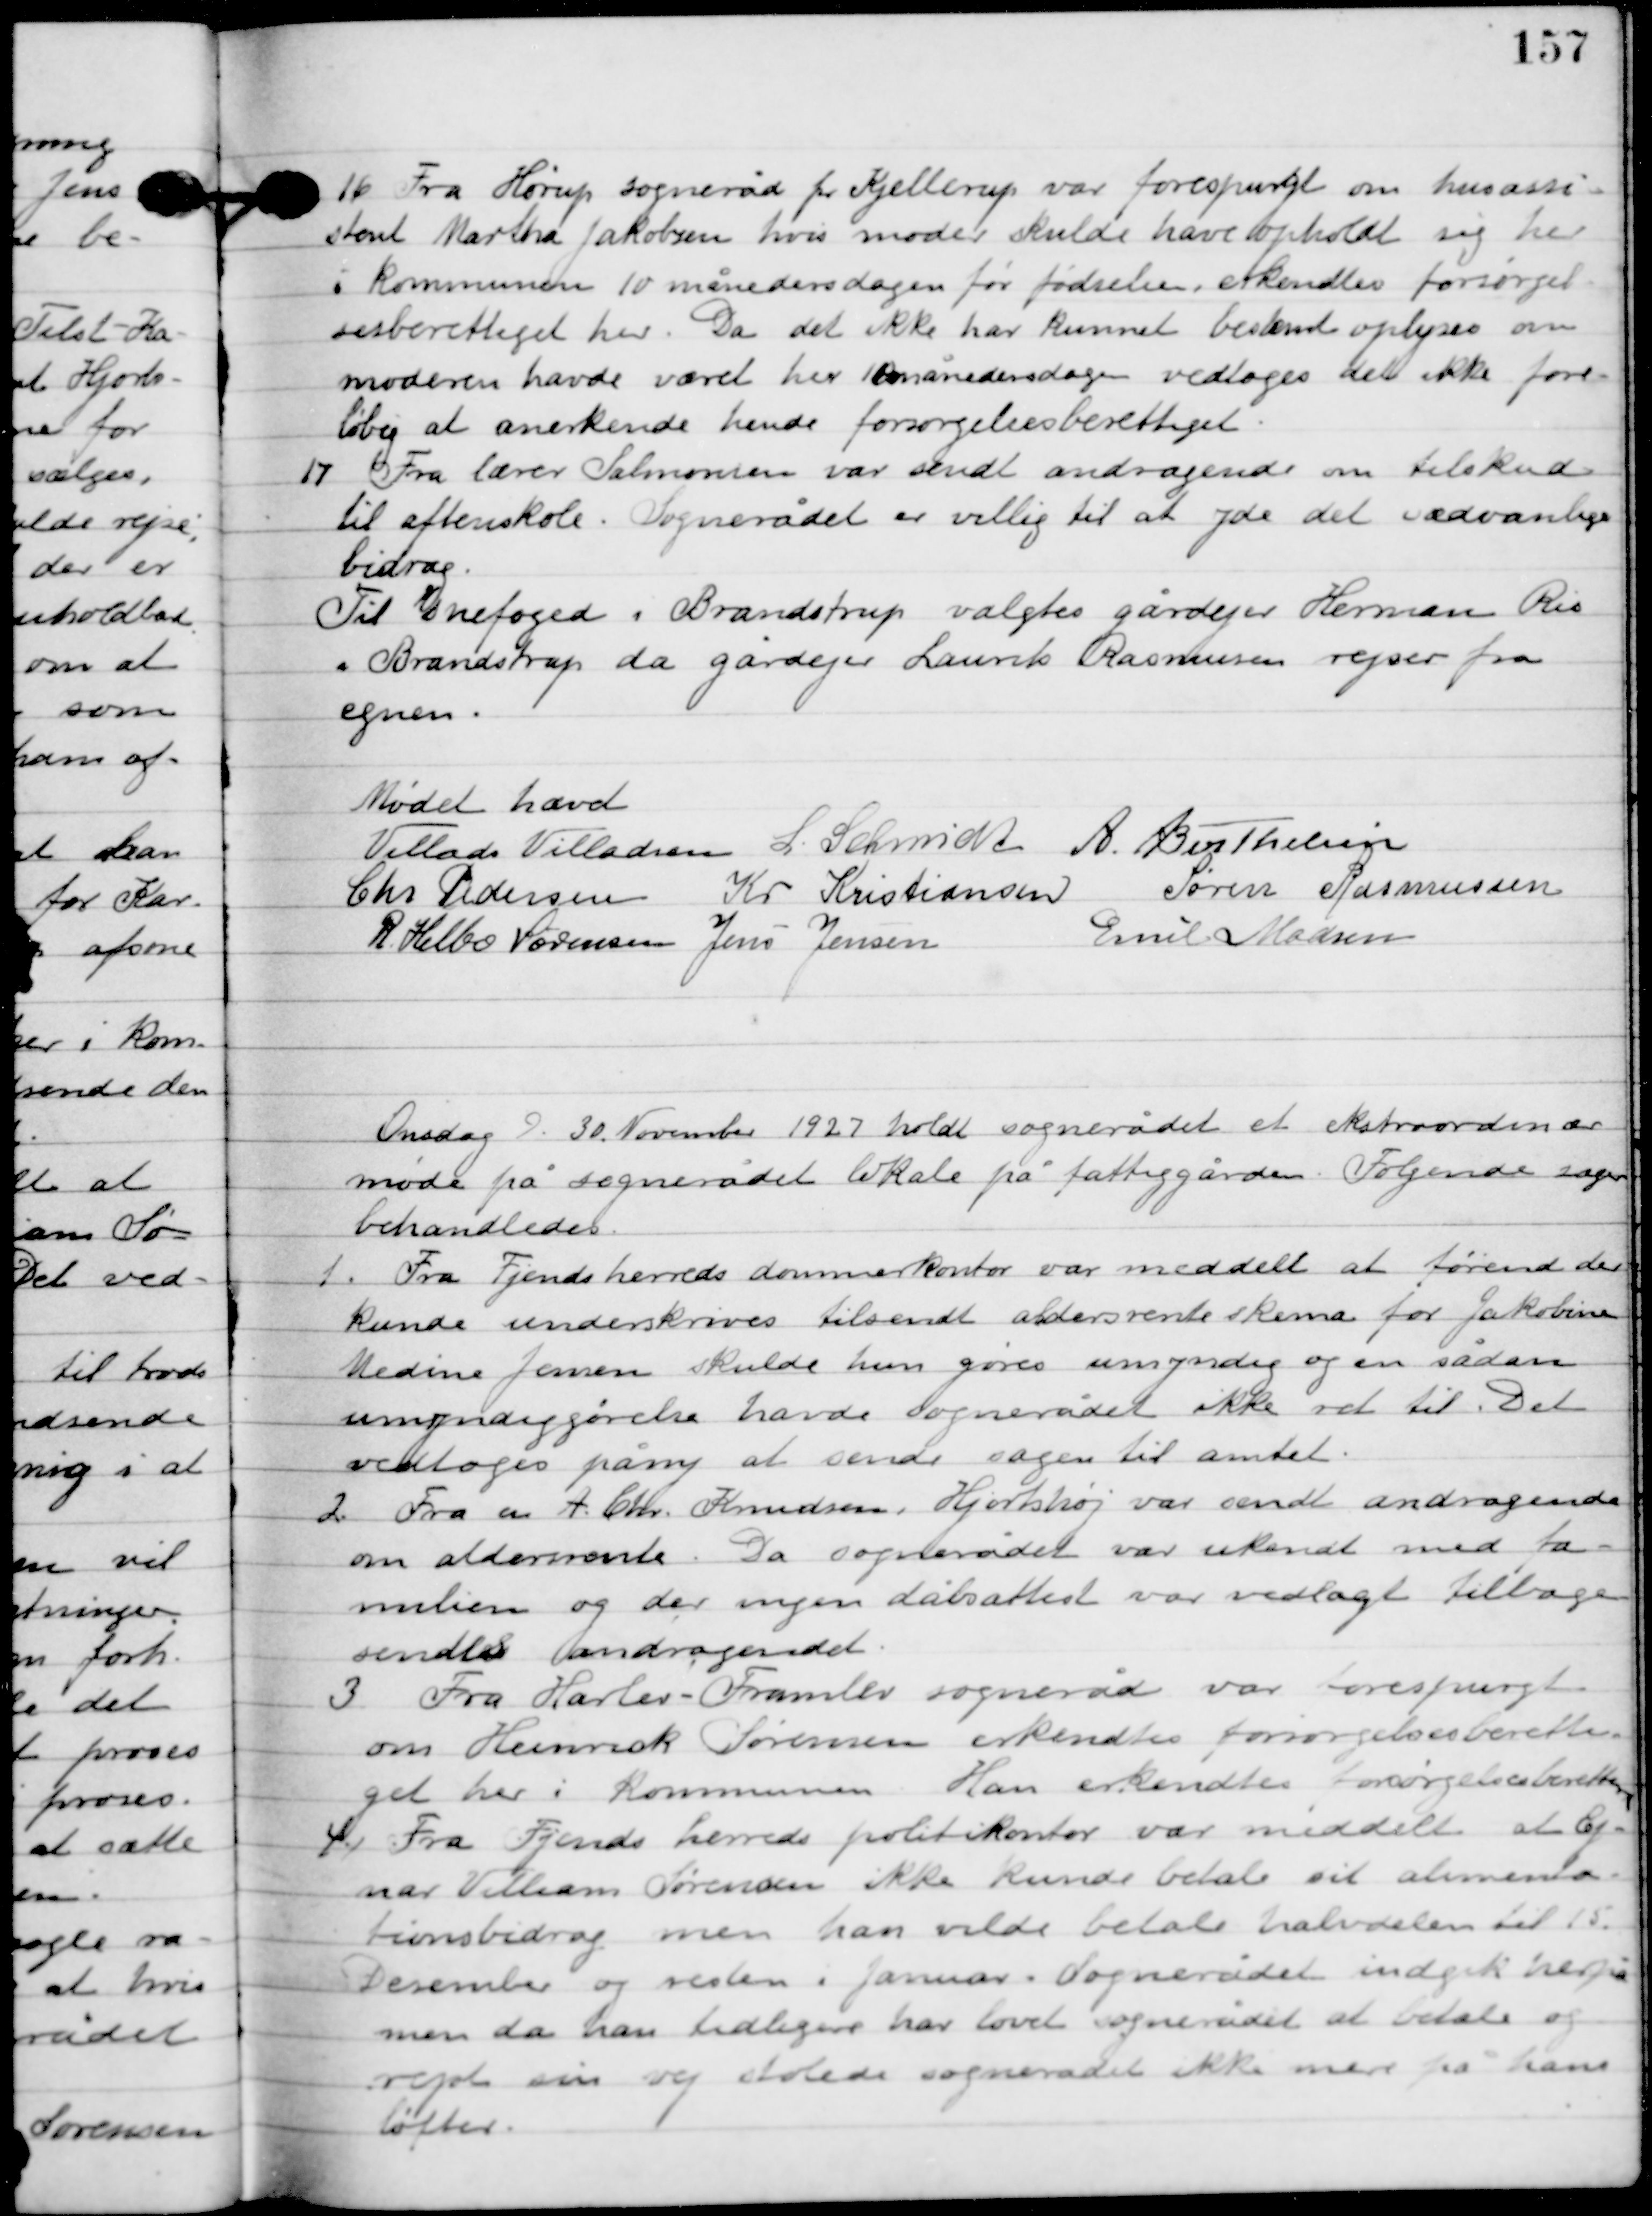
Transskription:
16

Fra Horup sogneråd pr. Kjellerup var forespurgt om husassi-
stent Marthe Jakobsen hvis moder skulde have opholdt sig her
i kommunen 10 måneders dagen før fødselen, erkendes forsørgel-
sesberettiget her. Da det ikke har kunnet bestemt oplyses om
moderen have været her 10 måneders dagen vedtoges det ikke fore-
løbig at anerkende hende forsørgelsesberettiget.

17

Fra lærer Salomonsen var sendt andragende om tilskud
til efterskole. Sognerådet er villig til at yde det sædvanlige
bidrag.
Til sognefoged i Brandstrup valgtes gårdejer Herman Ris
, Brandstrup da gårdejer Laurits Rasmussen rejser fra
egnen.

Mødet hævet

Villads J. Villadsen
I. Schmidt
A. Berthelsen
Chr. Pedersen
Kr. Kristiansen
Søren Rasmussen
R. Helbo Sørensen
Jens Jensen
Emil Madsen

Onsdag D. 30. November 1927 holdt sognerådet et ekstraordinær
møde på sognerådets lokale på fattiggården. Følgende sager
behandledes.

1

Fra Fjends herreds dommerkontor var meddelt at førend der
underskrives tilsendt aldersrente skema for Jakobine
Medine Jensen skulde hun gøres umyndig og en sådan
umyndiggørelse havde sognerådet ikke ret til. Det
vedtoges på ny at sende sagen til amtet.

2

Fra en A. Chr. Knudsen, Hjortshøj var sendt andragende
om aldersrente. Da sognerådet var ukendt med fa-
milien og der ingen dåbsattest var vedlagt tilbage-
sendtes andragendet.

3

Fra Harlev-Framlev sogneråd var forespurgt
om Henrik Sørensen erkendtes forsørgelsesberetti-
get her i kommunen. Han erkendtes forsørgelsesberettiget.

4

Fra Fjends herreds politikontor var meddelt at Ej-
nar Villiam Sørensen ikke kunde betale sit alimenta-
tionsbidrag men han vilde betale halvdelen til 15.
December og resten i Januar. Sognerådet indgik herpå,
 men da han tidligere har lovet sognerådet at betale og
rejste sin vej stolede sognerådet ikke mere på hans
løfter.